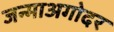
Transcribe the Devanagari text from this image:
जन्माअगोदर